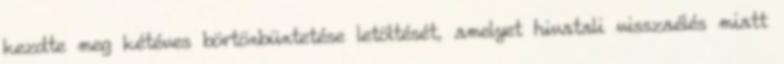
kezdte meg kétéves börtönbüntetése letöltését, amelyet hivatali visszaélés miatt